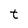
Character: t